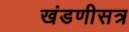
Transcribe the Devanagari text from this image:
खंडणीसत्र